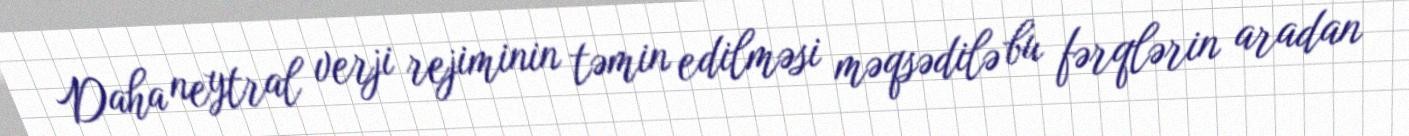
Daha neytral verji rejiminin təmin edilməsi məqsədilə bu fərqlərin aradan